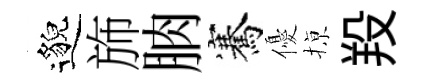
邈斾朒騫優𢱊羖